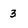
Character: 3